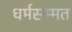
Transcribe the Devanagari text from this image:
धर्मसम्मत